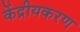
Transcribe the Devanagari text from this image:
केंद्रीयकरण